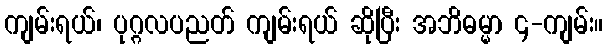
ကျမ်းရယ်၊ ပုဂ္ဂလပညတ် ကျမ်းရယ် ဆိုပြီး အဘိဓမ္မာ ၄-ကျမ်း။